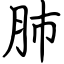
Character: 肺